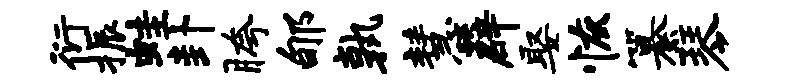
衍振蛙卦胯郇孰慧薜娶恢纂琴